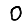
Digit: 0